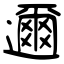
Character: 邇